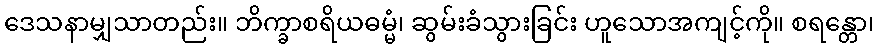
ဒေသနာမျှသာတည်း။ ဘိက္ခာစရိယဓမ္မံ၊ ဆွမ်းခံသွားခြင်း ဟူသောအကျင့်ကို။ စရန္တော၊